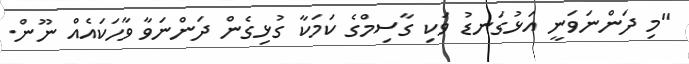
"މި ދަންނަވަނީ އަޅުގަނޑު ވަކި ގާސިމްގެ ކަމަކާ ގުޅިގެން ދަންނަވާ ވާހަކައެއް ނޫން.